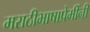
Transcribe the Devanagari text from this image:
मराठीभाषाप्रेमींनी